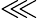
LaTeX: \lll